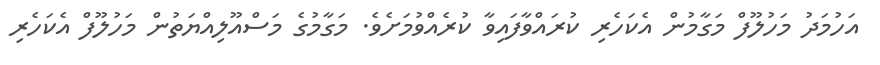
އަހުމަދު މަހުލޫފް މަގާމުން އެކަހެރި ކުރައްވާފައިވާ ކުރެއްވުމަށެވެ. މަގާމުގެ މަސްއޫލިއްޔަތުން މަހުލޫފް އެކަހެރި